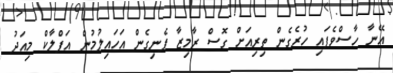
އޭނާ ހާސްވެފައި ހުރެގެން ތިރިއަށް ގޮސް ރާމިޒާ ފެނިގެން އަހައިލުމުން އަފްލާކް މިއަދު